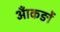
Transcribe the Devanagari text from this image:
आँकङों